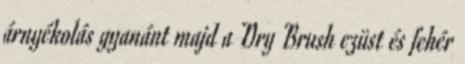
árnyékolás gyanánt majd a Dry Brush ezüst és fehér